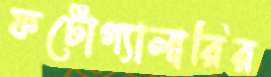
ফটোগ্যালারির